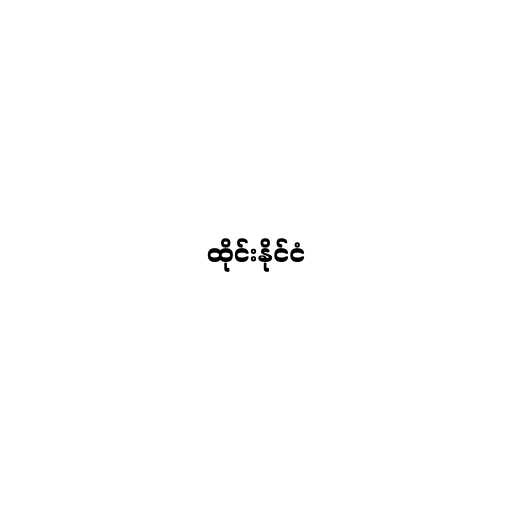
ထိုင်းနိုင်ငံ